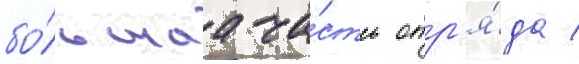
бо́льшаа ча́сть отр'я́да /